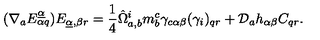
( \nabla _ { a } E _ { \alpha q } ^ { \underline { \alpha } } ) E _ { \underline { \alpha } , \beta r } = { \frac { 1 } { 4 } } \hat { \Omega } _ { a , b } ^ { i } m _ { b } ^ { c } \gamma _ { c \alpha \beta } ( \gamma _ { i } ) _ { q r } + { \cal D } _ { a } h _ { \alpha \beta } C _ { q r } .